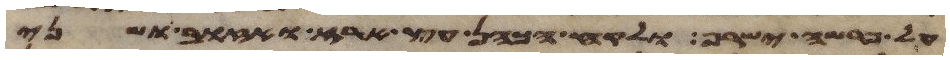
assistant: על פרשה ישרף ולקח הכהן עץ ארז ואזוב ושני